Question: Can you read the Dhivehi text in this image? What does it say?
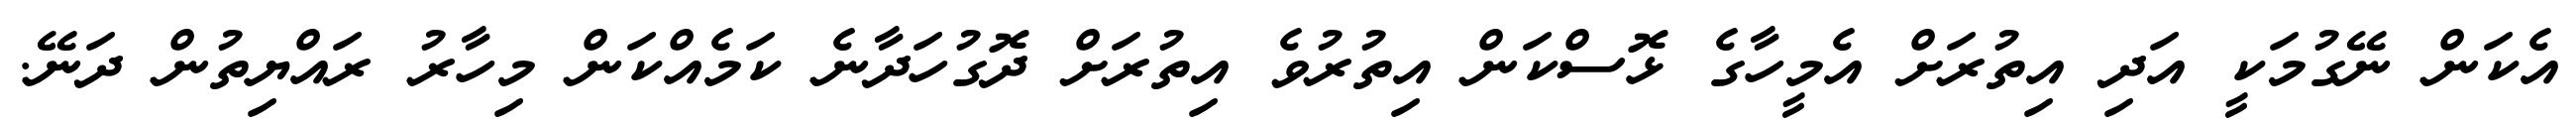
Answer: އެކަން ނޭގުމަކީ އަދި އިތުރަށް އެމީހާގެ ޅޮސްކަން އިތުރުވެ އިތުރަށް ދޮގުހަދާނެ ކަމެއްކަން މިހާރު ރައްޔިތުން ދަނޭ.